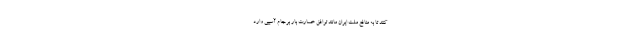
کنند تا به منافع ملت ایران مانند توافق خسارت بار برجام آسیبی وارد